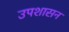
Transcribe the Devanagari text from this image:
उपशासन